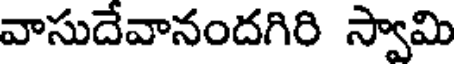
వాసుదేవానందగిరి స్వామి